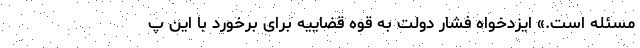
مسئله است.» ایزدخواه فشار دولت به قوه قضاییه برای برخورد با این پ